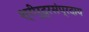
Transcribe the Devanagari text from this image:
श्रीरूद्रसंप्रदाय